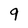
Character: 9